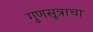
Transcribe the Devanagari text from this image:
गुणसूत्राचा